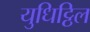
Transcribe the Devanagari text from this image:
युधिट्ठिल